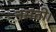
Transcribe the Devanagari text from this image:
नसती।